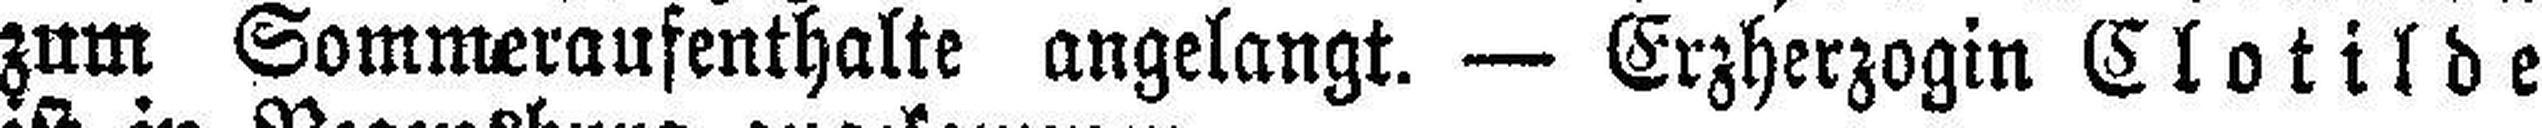
zum Sommeraufenthalte angelangt. — Erzherzogin Clotilde